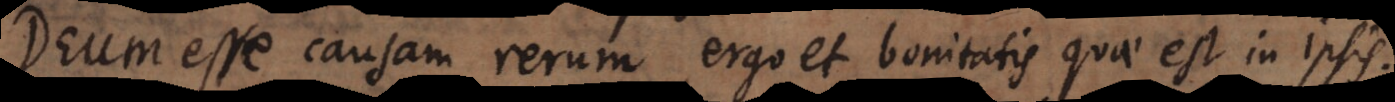
Deum esse causam rerum, ergo et bonitatis quae est in ipsis.